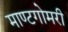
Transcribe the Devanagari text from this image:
माण्टगोमरी